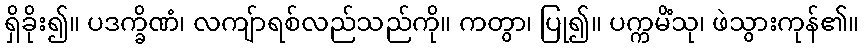
ရှိခိုး၍။ ပဒက္ခိဏံ၊ လကျ်ာရစ်လည်သည်ကို။ ကတွာ၊ ပြု၍။ ပက္ကမိံသု၊ ဖဲသွားကုန်၏။